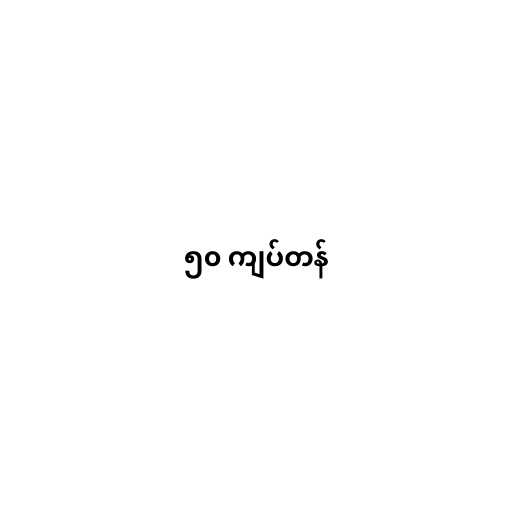
၅၀ ကျပ်တန်